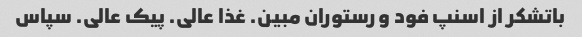
باتشکر از اسنپ فود و رستوران مبین. غذا عالی. پیک عالی. سپاس